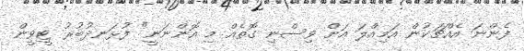
ފެންނަ އެއްްޗަކުން އަމިއްލަ އަށް ވިސްނި ގޮތެއް މި އޮންނަނީ" ފުޅަނދުބުރު ޓީވީން